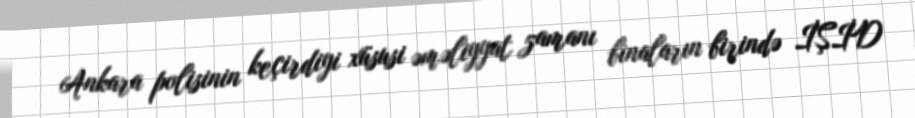
Ankara polisinin keçirdiyi xüsusi əməliyyat zamanı binaların birində İŞİD